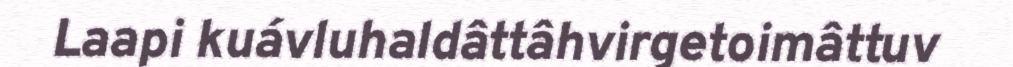
Laapi kuávluhaldâttâhvirgetoimâttuv